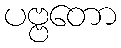
ပဗ္ဗတော